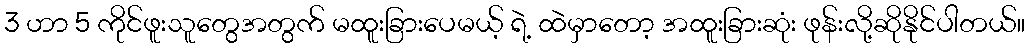
3 ဟာ 5 ကိုင်ဖူးသူတွေအတွက် မထူးခြားပေမယ့် ရဲ့ ထဲမှာတော့ အထူးခြားဆုံး ဖုန်းလို့ဆိုနိုင်ပါတယ်။